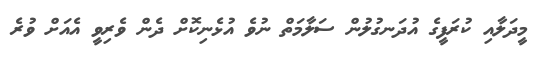
މީދަލާއި ކުރަފީގެ އުދަނގުލުން ސަލާމަތް ނުވެ އުޅެނިކޮށް ދެން ވެރިވީ އެއަށް ވުރެ